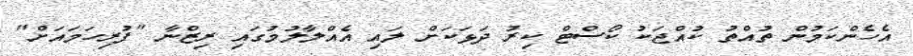
އެހެންކަމުން ތުއްތު ކުއްޖަކު ކޯސްޓް ކިރު ދަޅަކަށް ލައި އެއްލާލުމުގައި ރިޒްނާ "ފުރިހަމައަށް"